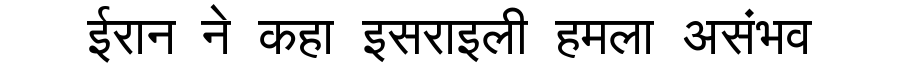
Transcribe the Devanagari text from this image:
ईरान ने कहा इसराइली हमला असंभव